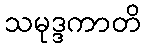
သမုဒ္ဒကာတိ